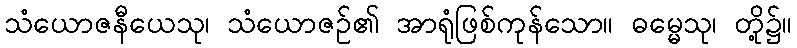
သံယောဇနီယေသု၊ သံယောဇဉ်၏ အာရုံဖြစ်ကုန်သော။ ဓမ္မေသု၊ တို့၌။